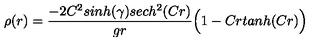
\rho ( r ) = { \frac { - 2 C ^ { 2 } s i n h ( \gamma ) s e c h ^ { 2 } ( C r ) } { g r } } \Big ( 1 - C r t a n h ( C r ) \Big )